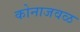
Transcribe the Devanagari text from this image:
कोनाजवळ